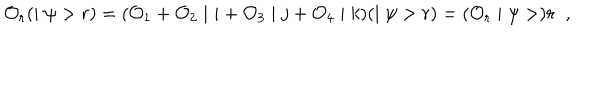
LaTeX: { \cal O } _ { r } ( \mid \psi > r ) = ( { \cal O } _ { 1 } + { \cal O } _ { 2 } \mid i + { \cal O } _ { 3 } \mid j + { \cal O } _ { 4 } \mid k ) ( \mid \psi > r ) = ( { \cal O } _ { r } \mid \psi > ) r \; \; ,